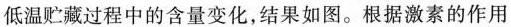
低温贮藏过程中的含量变化，结果如图。根据激素的作用